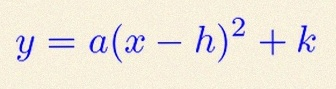
y=a(x-h)^2+k